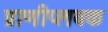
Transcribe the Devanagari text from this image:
प्राणीप्लवक